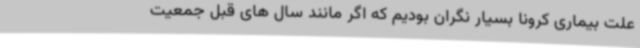
علت بیماری کرونا بسیار نگران بودیم که اگر مانند سال های قبل جمعیت